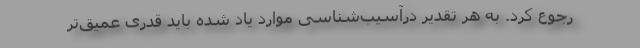
رجوع کرد. به هر تقدیر درآسیب‌شناسی موارد یاد شده باید قدری عمیق‌تر